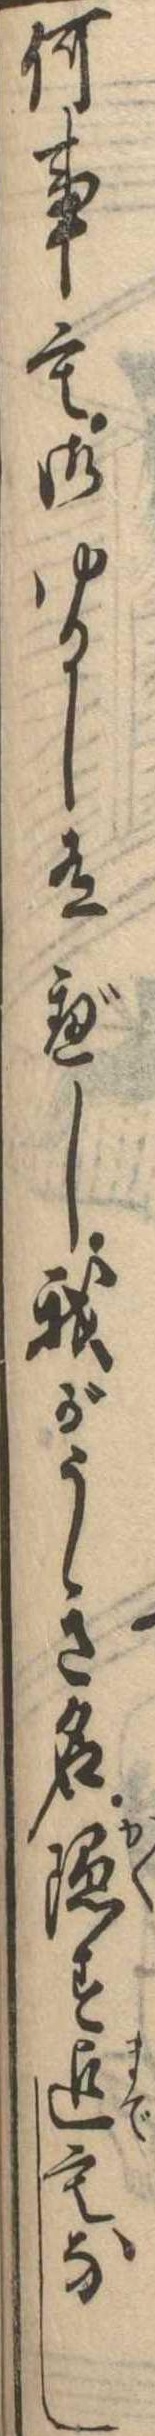
何事も御ゆるし有べし我がうき名隠す迄もなし